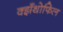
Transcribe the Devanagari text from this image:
क्झँथोफिल